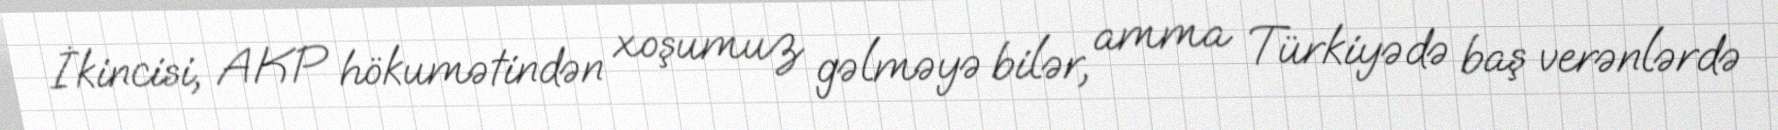
İkincisi, AKP hökumətindən xoşumuz gəlməyə bilər, amma Türkiyədə baş verənlərdə